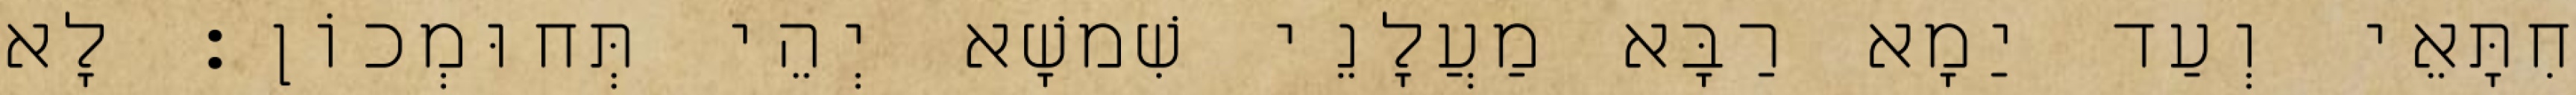
חִתָּאֵי וְעַד יַמָא רַבָּא מַעֲלָנֵי שִׁמשָׁא יְהֵי תְּחוּמְכוֹן׃ לָא